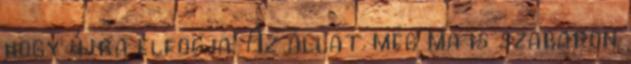
hogy újra elfogja. Az állat még ma is szabadon